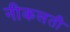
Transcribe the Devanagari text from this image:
नीकलती